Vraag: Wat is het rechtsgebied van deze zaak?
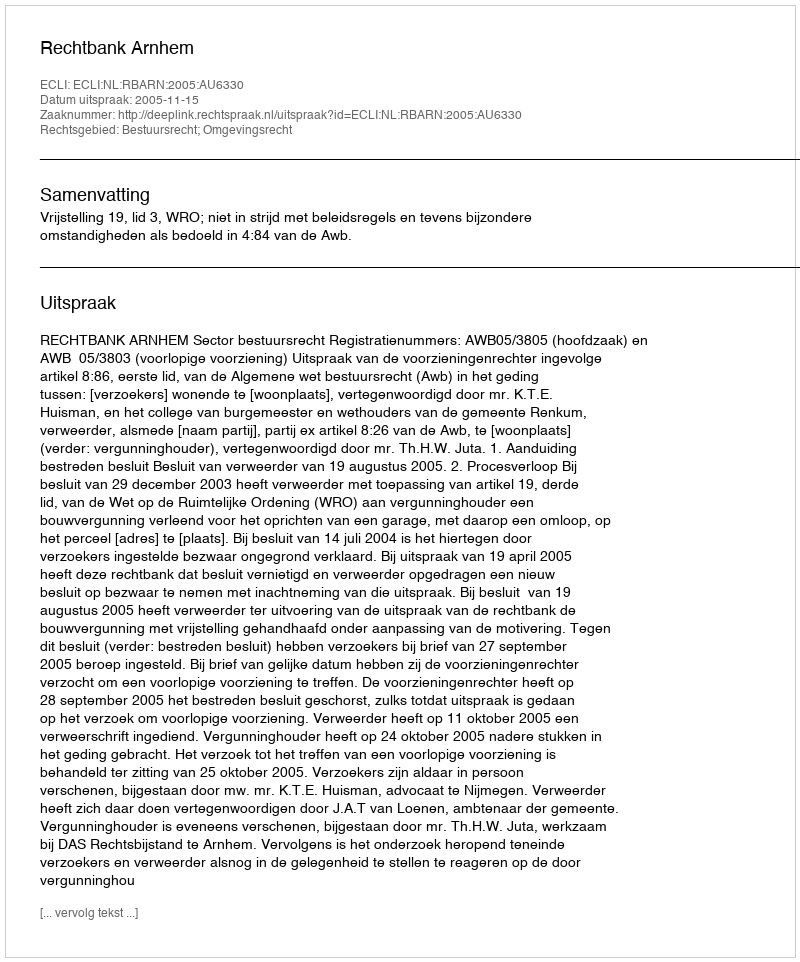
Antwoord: Bestuursrecht; Omgevingsrecht